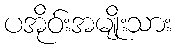
ပအိုဝ်းအမျိုးသား